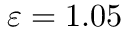
\varepsilon = 1 . 0 5